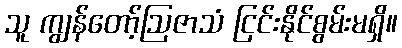
သူ ကျွန်တော့်ဩဇာသံ ငြင်းနိုင်စွမ်းမရှိ။